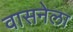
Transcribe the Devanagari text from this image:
वासनेला